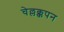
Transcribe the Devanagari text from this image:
चेल्लक्कपन